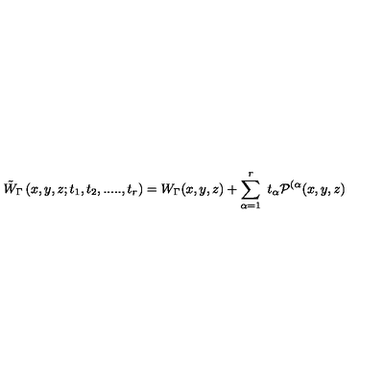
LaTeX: { \tilde { W } } _ { \Gamma } \left( x , y , z ; t _ { 1 } , t _ { 2 } , . . . . . , t _ { r } \right) = W _ { \Gamma } ( x , y , z ) + \sum _ { \alpha = 1 } ^ { r } \ t _ { \alpha } { \cal P } ^ { ( \alpha } ( x , y , z )